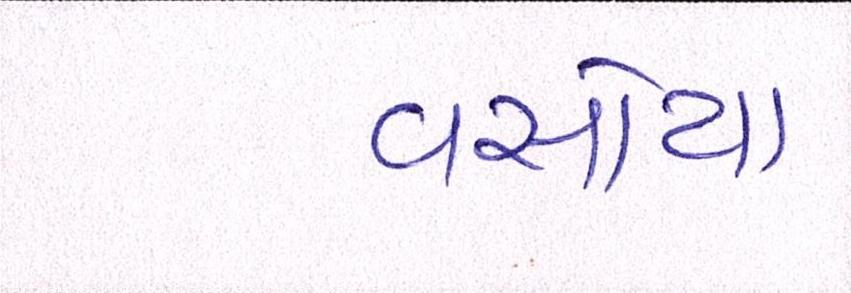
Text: વસોયા